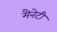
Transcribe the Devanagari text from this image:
मैनेटी